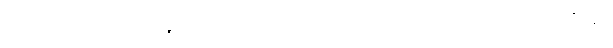
အထောက်အပံ့ အသက်၏အရံအတားဖြစ်သော ဆေးဖြင့် ရောင့်ရဲခြင်း၏လည်း။ ဝဏ္ဏဝါဒီနော၊